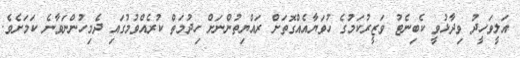
އަލީވަހީދު ވިދާޅުވީ ކެބިނެޓު ވަޒީރުކަމުގެ ހުވަޔާއެއްގޮތަށް ރައްޔިތުންނަށް ހިދުމަތް ކުރެއްވުމުގައި ދެމިހުންނަވާނެ ކަމަށެވެ.